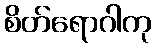
စိတ်ရောဂါကု